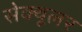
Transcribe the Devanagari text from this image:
सेक्यूलर